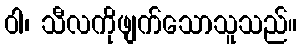
ဝါ၊ သီလကိုဖျက်သောသူသည်။